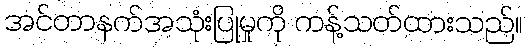
အင်တာနက်အသုံးပြုမှုကို ကန့်သတ်ထားသည်။